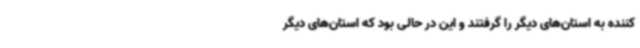
کننده به استان‌های دیگر را گرفتند و این در حالی بود که استان‌های دیگر